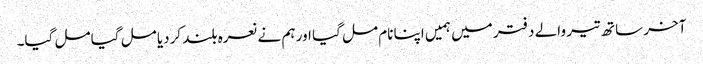
آخر ساتھ تیر والے دفتر میں ہمیں اپنا نام مل گیا اور ہم نے نعرہ بلند کردیا مل گیا مل گیا۔